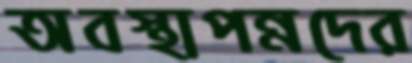
অবস্থাপন্নদের